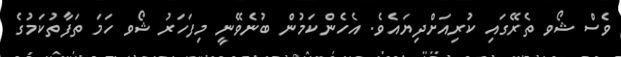
ވެސް ޝޯވ ތެރޭގައި ކުރިއަށްދިޔައެވެ. އެހެންކަމުން ބުނެވޭނީ މިފަހަރު ޝޯވ ހަމަ ތަފާތުކަމުގެ